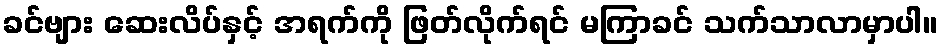
ခင်ဗျား ဆေးလိပ်နှင့် အရက်ကို ဖြတ်လိုက်ရင် မကြာခင် သက်သာလာမှာပါ။